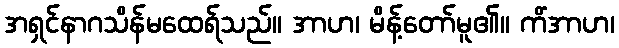
အရှင်နာဂသိန်မထေရ်သည်။ အာဟ၊ မိန့်တော်မူ၏။ ကိံအာဟ၊